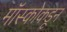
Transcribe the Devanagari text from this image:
मॉस्कोकडून